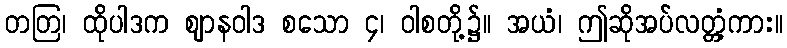
တတြ၊ ထိုပါဒက ဈာနဝါဒ စသော ၄၊ ဝါစတို့၌။ အယံ၊ ဤဆိုအပ်လတ္တံ့ကား။